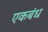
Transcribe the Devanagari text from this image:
एकबंध